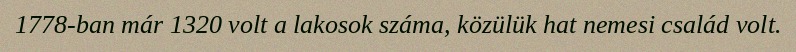
1778-ban már 1320 volt a lakosok száma, közülük hat nemesi család volt.